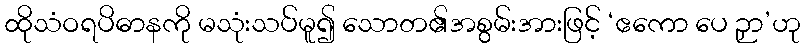
ထိုသံဝရပိဓာနကို မသုံးသပ်မူ၍ သောတ၏အစွမ်းအားဖြင့် ‘ဧကော ပေ ဉှာ’ဟု